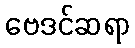
ဗေဒင်ဆရာ